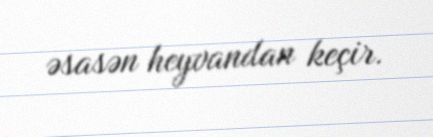
əsasən heyvandan keçir.